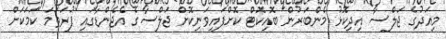
މިއަދުގެ ޖަލްސާ އިދިކޮޅު މެންބަރުން ބޮއިކޮޓް ކޮށްފައިވަނިކޮށް ޖަލްސާގެ އެޖެންޑާގައި ފުރަތަމަ ކަމަކަށް